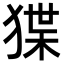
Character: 𭸗